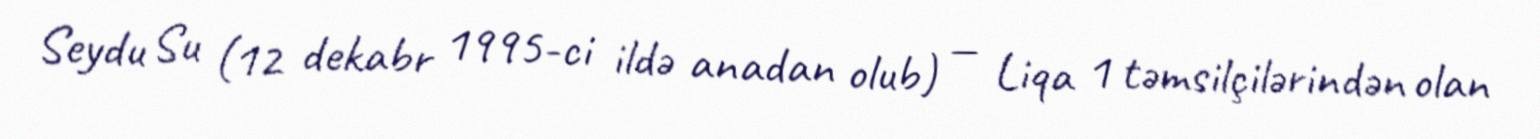
Seydu Su (12 dekabr 1995-ci ildə anadan olub) — Liqa 1 təmsilçilərindən olan